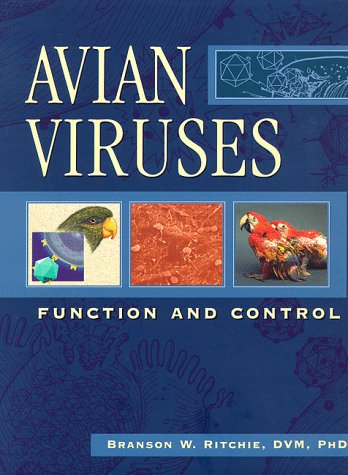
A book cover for Avian Viruses: Function and Control; Branson W. Ritchie; Crafts, Hobbies & Home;